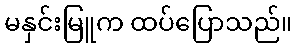
မနှင်းမြူက ထပ်ပြောသည်။